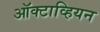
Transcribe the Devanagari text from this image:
ऑक्टाव्हियन